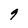
Character: 9